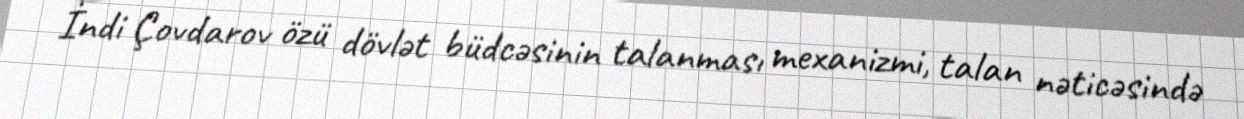
İndi Çovdarov özü dövlət büdcəsinin talanması mexanizmi, talan nəticəsində